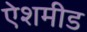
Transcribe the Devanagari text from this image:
ऐशमीड